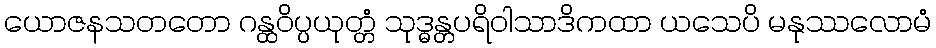
ယောဇနသတတော ဂန္ထဝိပ္ပယုတ္တံ သုဒ္ဓန္တပရိဝါသာဒိကထာ ယသေပိ မနုဿလောမံ